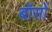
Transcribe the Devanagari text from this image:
बॉसों